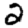
Digit: 2